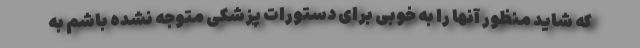
که شاید منظور آنها را به خوبی برای دستورات پزشکی متوجه نشده باشم به